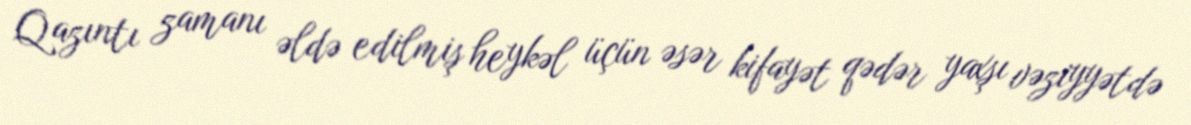
Qazıntı zamanı əldə edilmiş heykəl üçün əsər kifayət qədər yaxşı vəziyyətdə